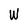
Character: N